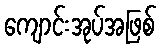
ကျောင်းအုပ်အဖြစ်